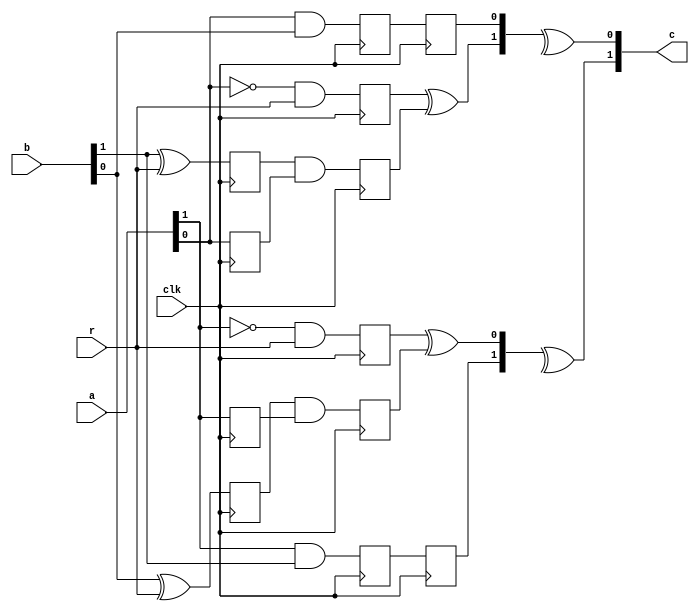
module and_HPC2_agema #(parameter security_order=1, parameter pipeline=1) (a, b, r, clk, c);

localparam rnd = security_order*(security_order+1)/2;

input wire [security_order:0] a, b;
input wire [rnd-1:0] r;
input wire clk;
output wire [security_order:0] c;

function integer ij2idx(input integer i, input integer j);
    if (i < j) begin
        ij2idx = (rnd - (security_order-i)*(security_order-i+1)/2) + (j-i)-1;
    end else begin
        ij2idx = (rnd - (security_order-j)*(security_order-j+1)/2) + (i-j)-1;
    end
endfunction

genvar I, J;

for (I=0; I <= security_order; I = I+1) begin: i_gen
    wire [security_order:0] z;
    reg mul_s1_out, mul_s2_out;
    always @(posedge clk) begin
        mul_s1_out <= a[I] & b[I];
        mul_s2_out <= mul_s1_out;
    end
    assign z[I] = mul_s2_out;
    reg a_reg;
    always @(posedge clk) a_reg <= a[I];
    for (J = 0; J <= security_order; J = J+1) begin: j_gen
        if (J != I) begin
            reg s_out, p_0_out, p_1_out;
            wire s_in = b[J] ^ r[ij2idx(I, J)];
            wire p_0_in= (~a[I]) & r[ij2idx(I, J)];
            wire p_1_in = s_out & a_reg;
            always @(posedge clk) begin
                p_0_out <= p_0_in;
                p_1_out <= p_1_in;
                s_out <= s_in;
            end
            assign z[J] = p_0_out ^ p_1_out;
        end
    end
    assign c[I] = ^z;
end

endmodule